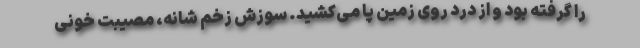
را گرفته بود و از درد روی زمین پا می‌کشید. سوزش زخم شانه، مصیبت خونی